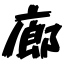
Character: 廊